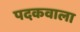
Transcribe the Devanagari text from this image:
पदकवाला